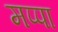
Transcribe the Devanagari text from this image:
मप्पा